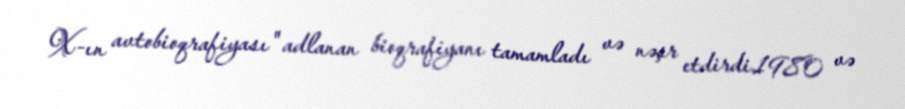
X-ın avtobioqrafiyası" adlanan bioqrafiyanı tamamladı və nəşr etdirdi.1980 və